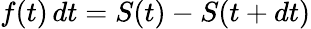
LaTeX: f(t)\, dt=S(t)-S(t+dt)